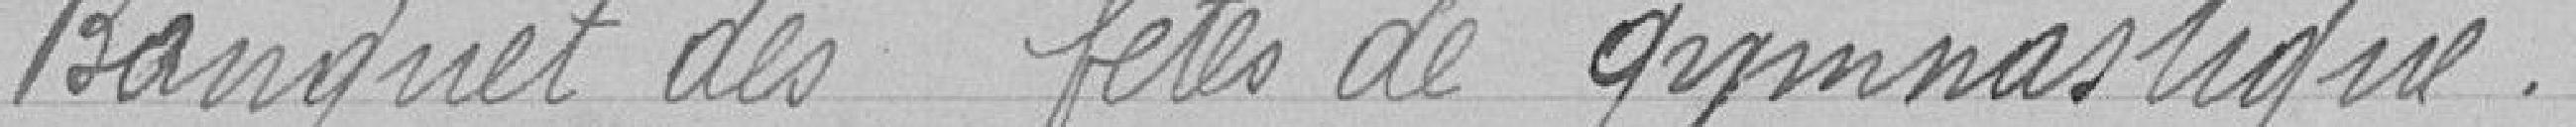
Bouquet des fêtes de gymnastique.